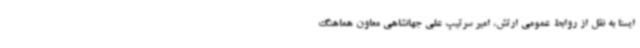
ایسنا به نقل از روابط عمومی ارتش، امیر سرتیپ علی جهانشاهی معاون هماهنگ